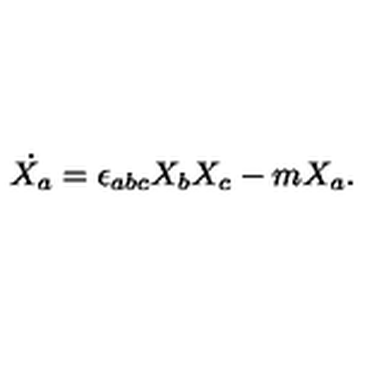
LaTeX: \dot { X _ { a } } = \epsilon _ { a b c } X _ { b } X _ { c } - m X _ { a } . ~